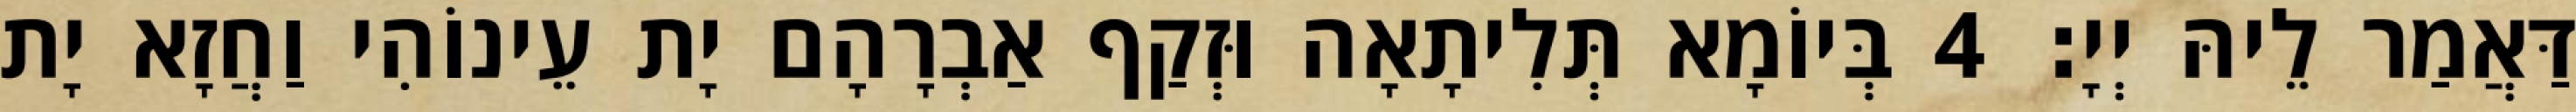
דַּאֲמַר לֵיהּ יְיָ׃ 4 בְּיוֹמָא תְּלִיתָאָה וּזְקַף אַבְרָהָם יָת עֵינוֹהִי וַחֲזָא יָת